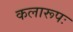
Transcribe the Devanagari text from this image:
कलारूपः